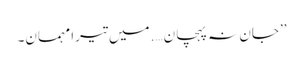
’’جان نہ پہچان….میں تیرا مہمان۔